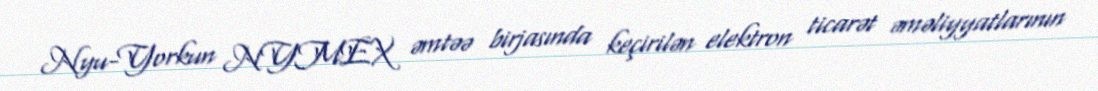
Nyu-Yorkun NYMEX əmtəə birjasında keçirilən elektron ticarət əməliyyatlarının